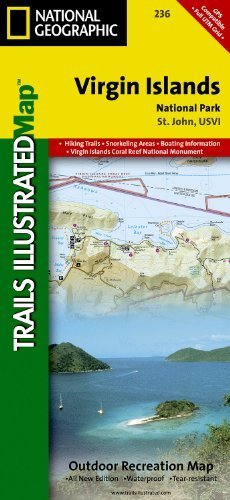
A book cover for Virgin Islands National Park, U.S.V.I. (Trails Illustrated Map # 236) (National Geographic Maps: Trails Illustrated) 5th (fifth) Edition by National Geographic Maps (2006); National Geographic Maps - Trails Illustrated; Travel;